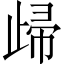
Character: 㱕